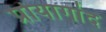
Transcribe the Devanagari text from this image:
प्रोयागांद